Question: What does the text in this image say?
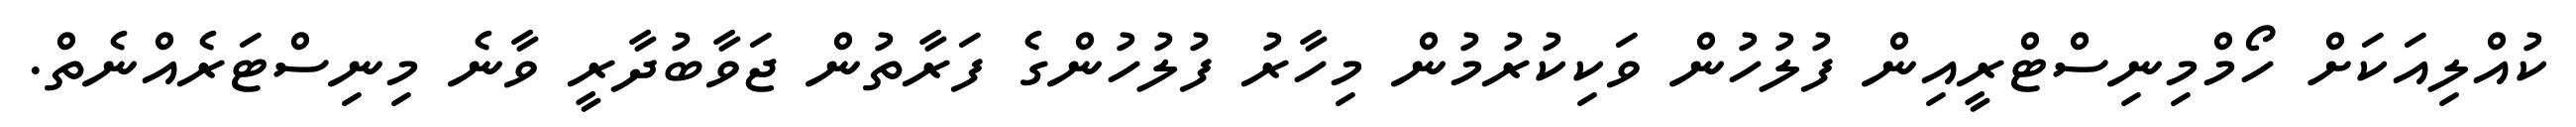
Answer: ކުއްލިއަކަށް ހޯމްމިނިސްޓްރީއިން ފުލުހުން ވަކިކުރުމުން މިހާރު ފުލުހުންގެ ފަރާތުން ޖަވާބުދާރީ ވާނެ މިނިސްޓަރެއްނެތް.